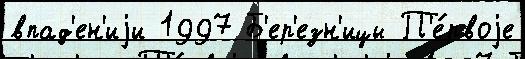
впад'ен'иjи 1997 Б'ер'езн'ицы П'е́рвоjе